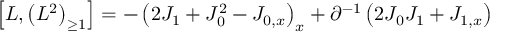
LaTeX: \left[ L , \left( L ^ { 2 } \right) _ { \geq 1 } \right] = - \left( 2 J _ { 1 } + J _ { 0 } ^ { 2 } - J _ { 0 , x } \right) _ { x } + \partial ^ { - 1 } \left( 2 J _ { 0 } J _ { 1 } + J _ { 1 , x } \right)